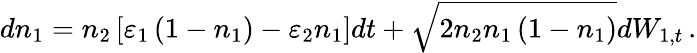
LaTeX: dn_{1}=n_{2}\left[\varepsilon_{1}\left(1-n_{1}\right)-\varepsilon_{2}n_{1}\right]dt+\sqrt{2n_{2}n_{1}\left(1-n_{1}\right)}dW_{1,t}\, .